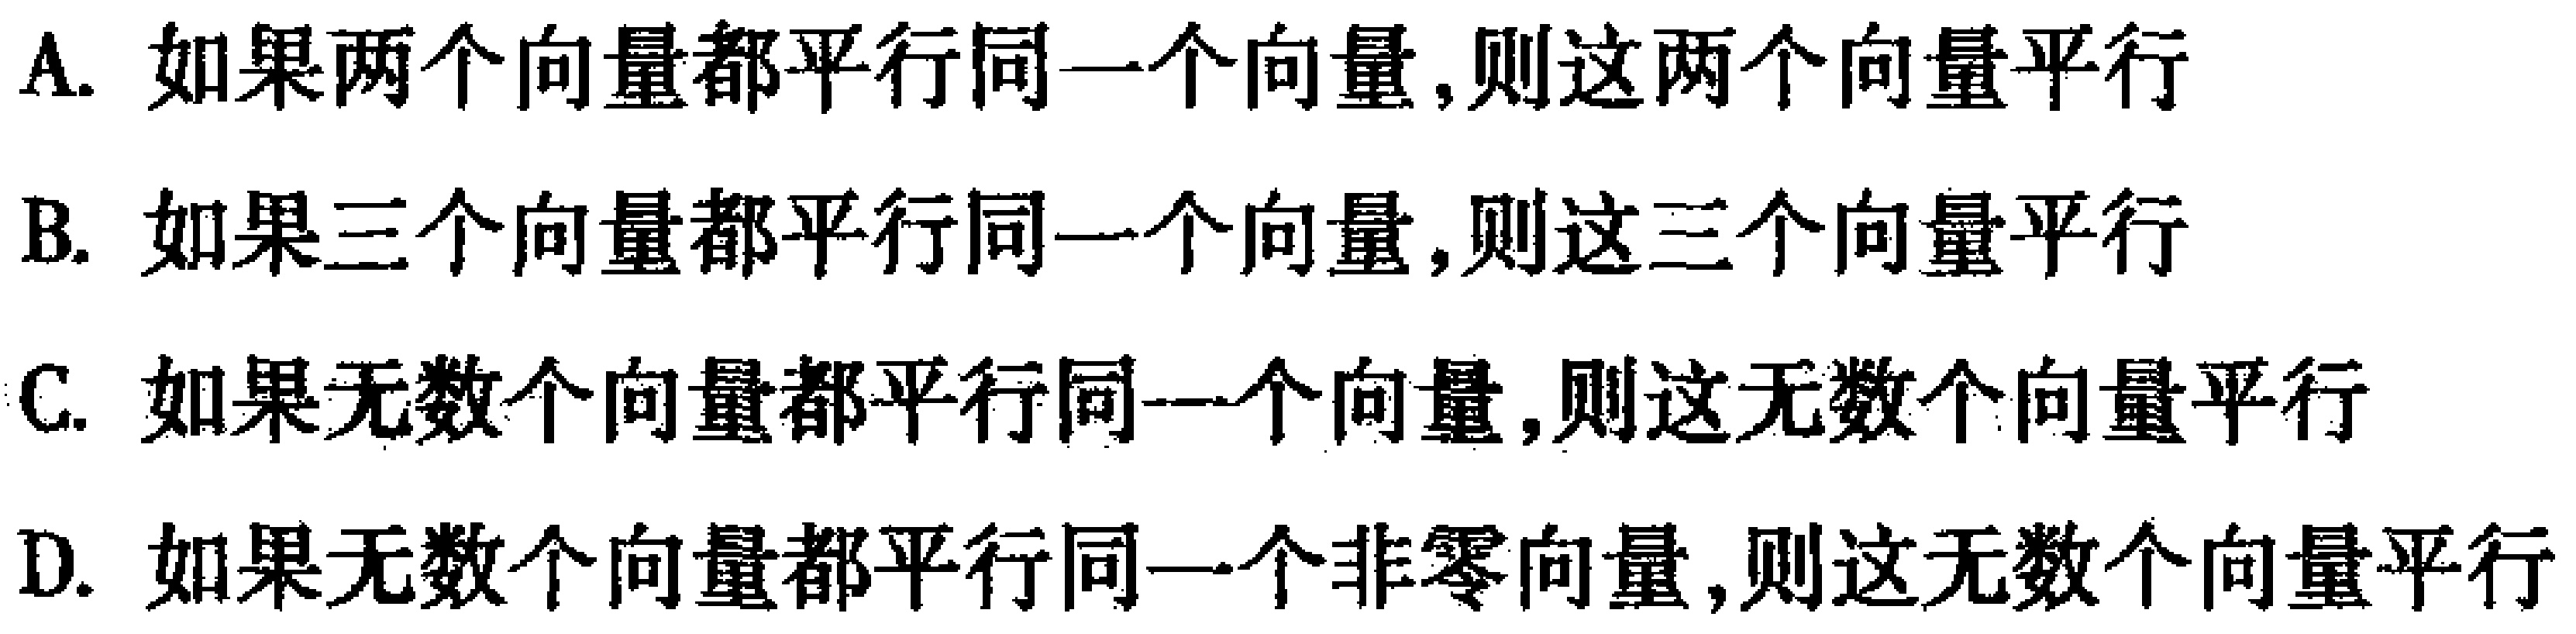
A. 如果两个向量都平行同一个向量,则这两个向量平行
B. 如果三个向量都平行同一个向量,则这三个向量平行
C. 如果无数个向量都平行同一个向量,则这无数个向量平行
D. 如果无数个向量都平行同一个非零向量,则这无数个向量平行